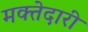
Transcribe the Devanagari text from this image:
मक्‍तेदारी